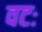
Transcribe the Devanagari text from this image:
वटः